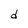
Character: d